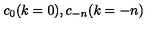
\: c _ { 0 } ( k = 0 ) , c _ { - n } ( k = - n ) \: